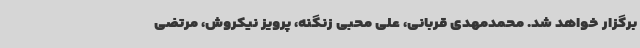
برگزار خواهد شد. محمدمهدی قربانی، علی محبی زنگنه، پرویز نیکروش، مرتضی